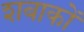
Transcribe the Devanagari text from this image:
शबाकों